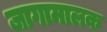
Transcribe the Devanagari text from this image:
जागामालक